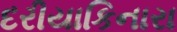
દરીયાકિનારા